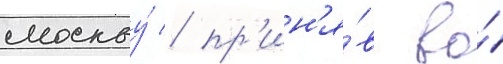
москву́ / пр'ин'я́в во́